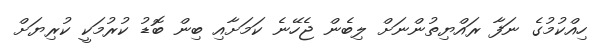
ހިއްކުމުގެ ނަފާ ރައްޔިތުންނަށް ލިބެން ޖެހޭނެ ކަމަށާއި ބިން ބޮޑު ކުރުމަކީ ކުރިޔަށް